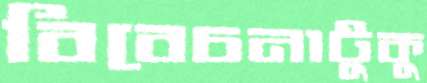
বিবেচনাটুকু